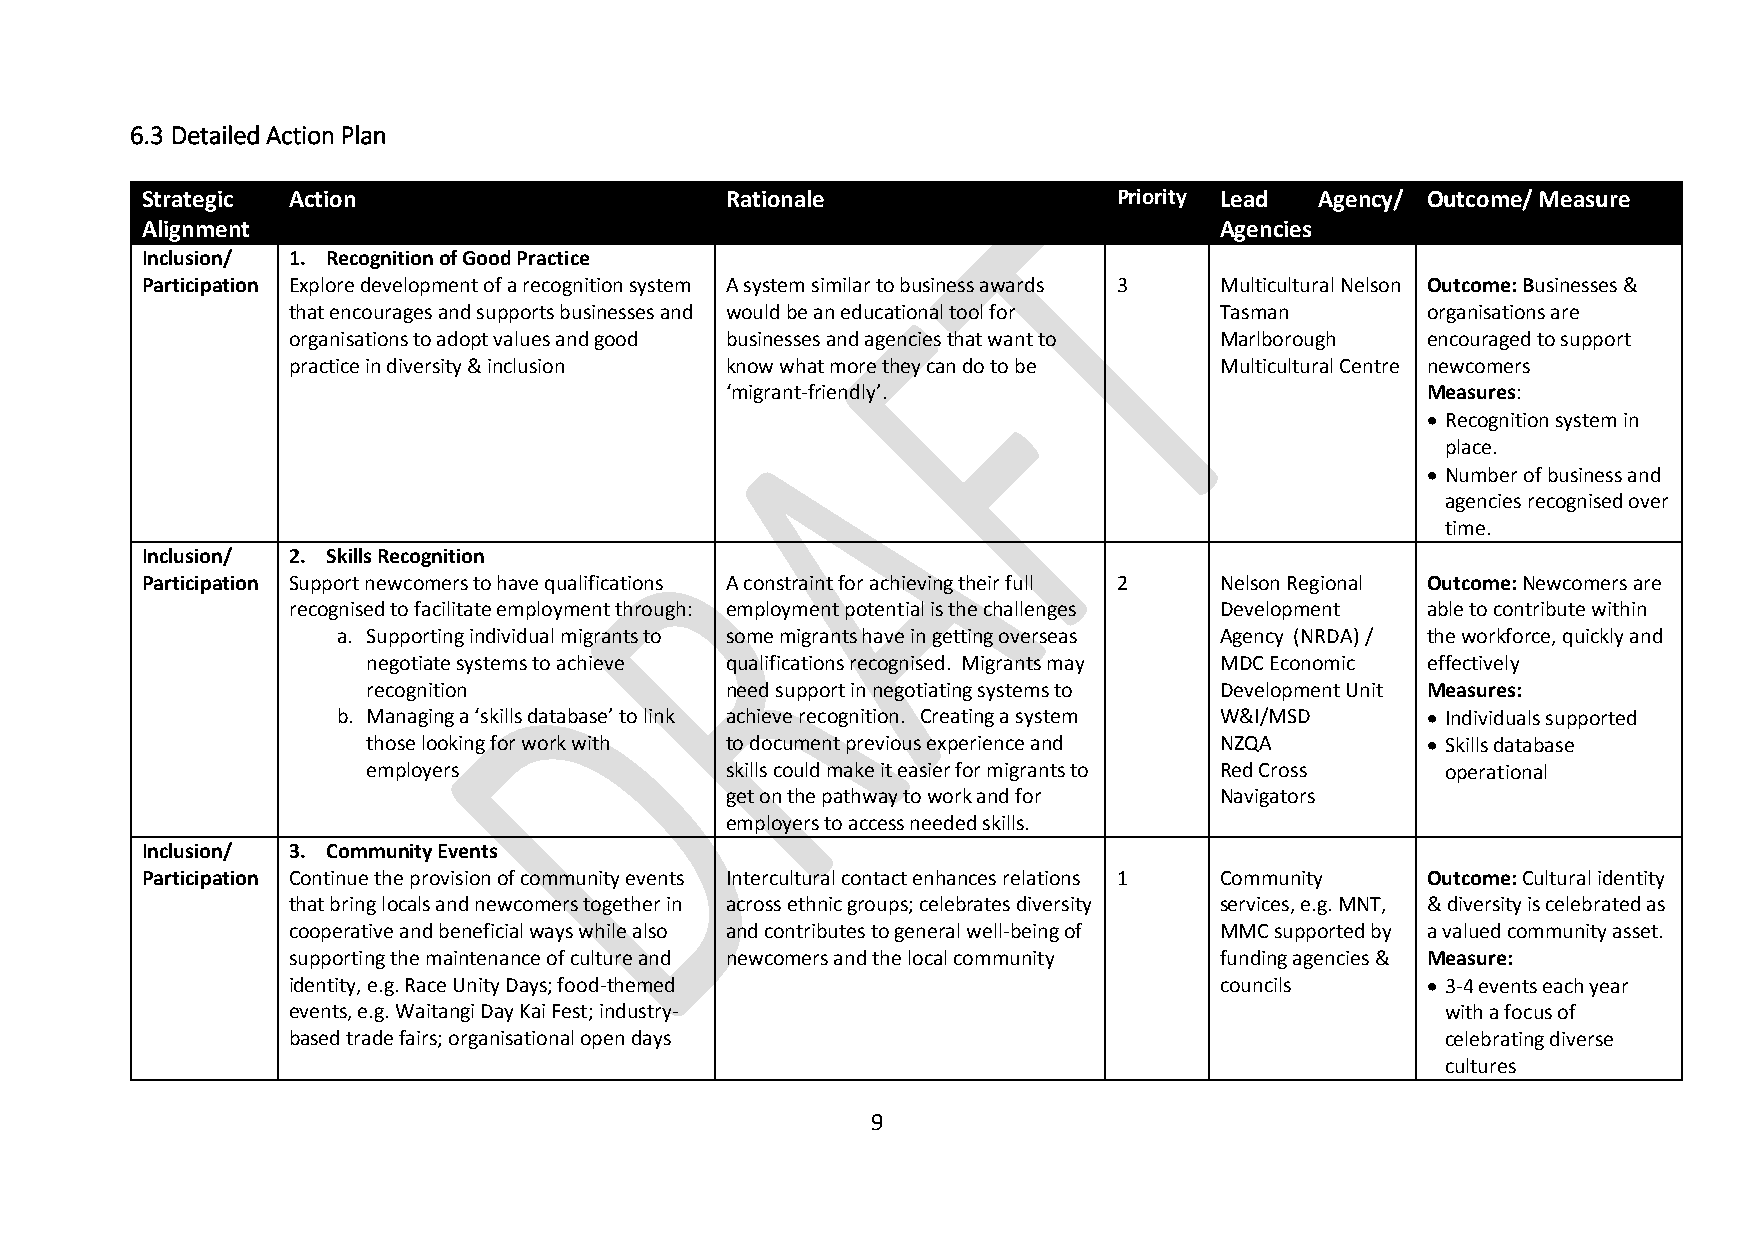
6.3 Detailed Action Plan
 Strategic Action                       Rationale                 Priority Lead Agency/ Outcome/ Measure
 Alignment                                                               Agencies
 Inclusion/ 1. Recognition of Good Practice
 Participation Explore development of a recognition system A system similar to business awards 3 Multicultural Nelson Outcome: Businesses &
 that encourages and supports businesses and would be an educational tool for Tasman organisations are
 organisations to adopt values and good businesses and agencies that want to Marlborough encouraged to support
 practice in diversity & inclusion know what more they can do to be Multicultural Centre newcomers
 ‘migrant-friendly’.                           Measures:
  Recognition system in
 place.
  Number of business and
 agencies recognised over
 time.
 Inclusion/ 2. Skills Recognition
 Participation Support newcomers to have qualifications A constraint for achieving their full 2 Nelson Regional Outcome: Newcomers are
 recognised to facilitate employment through: employment potential is the challenges Development able to contribute within
 a. Supporting individual migrants to some migrants have in getting overseas Agency (NRDA) / the workforce, quickly and
 negotiate systems to achieve qualifications recognised. Migrants may MDC Economic effectively
 recognition             need support in negotiating systems to Development Unit Measures:
 b. Managing a ‘skills database’ to link achieve recognition. Creating a system W&I/MSD  Individuals supported
 those looking for work with to document previous experience and NZQA   Skills database
 employers               skills could make it easier for migrants to Red Cross operational
 get on the pathway to work and for Navigators
 employers to access needed skills.
 Inclusion/ 3. Community Events
 Participation Continue the provision of community events Intercultural contact enhances relations 1 Community Outcome: Cultural identity
 that bring locals and newcomers together in across ethnic groups; celebrates diversity services, e.g. MNT, & diversity is celebrated as
 cooperative and beneficial ways while also and contributes to general well-being of MMC supported by a valued community asset.
 supporting the maintenance of culture and newcomers and the local community funding agencies & Measure:
 identity, e.g. Race Unity Days; food-themed                   councils      3-4 events each year
 events, e.g. Waitangi Day Kai Fest; industry-                                with a focus of
 based trade fairs; organisational open days                                  celebrating diverse
 cultures
 9